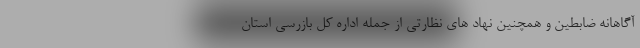
آگاهانه ضابطین و همچنین نهاد های نظارتی از جمله اداره کل بازرسی استان